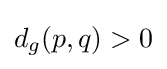
d_{g}(p,q)>0